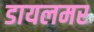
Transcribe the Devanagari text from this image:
डायलमर